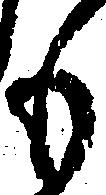
も